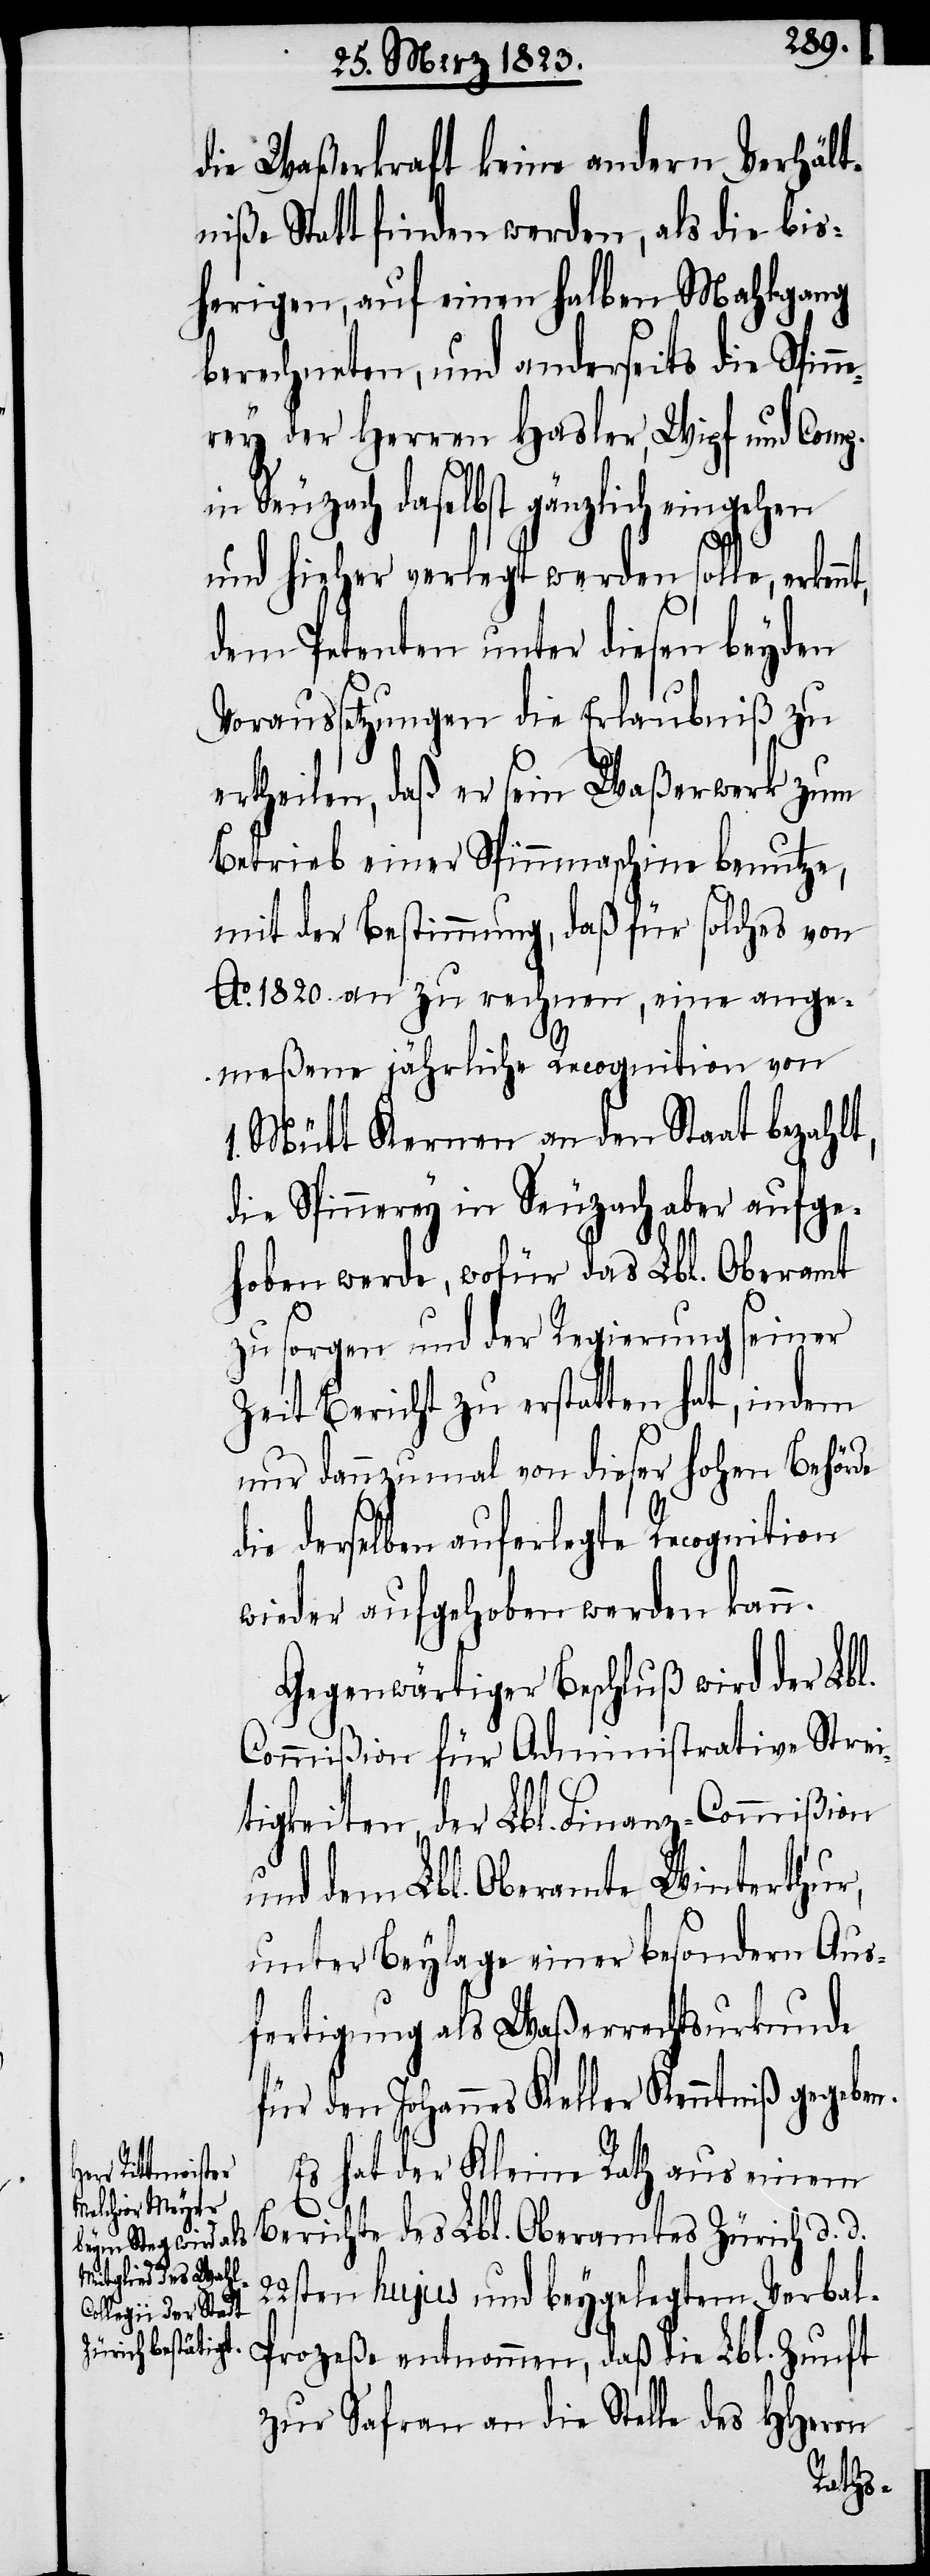
die Waßerkraft keine andern Verhält¬
niße Statt finden werden, als die bis¬
herigen, auf einen halben Mahlgang
berechneten, und anderseits die Spin¬
nerey der Herren Hasler, Wipf und Comp.
in Seuzach daselbst gänzlich eingehen
und hieher verlegt werden solle, erkennt,
dem Petenten unter diesen beyden
Voraussetzungen die Erlaubniß zu
ertheilen, daß er sein Waßerwerk zum
Betrieb einer Spinnmaschine benutze,
mit der Bestimmung, daß für solches von
Ao. 1820. an zu rechnen, eine ange¬
meßene jährliche Recognition von
Mütt Kernen an den Staat bezahlt,
die Spinnerey in Seuzach aber aufge¬
hoben werde, wofür das Lbl. Oberamt
zu sorgen und der Regierung seiner
Zeit Bericht zu erstatten hat, indem
nur dannzumal von dieser hohen Behörde
die derselben auferlegte Recognition
wieder aufgehoben werden kann.
Gegenwärtiger Beschluß wird der Lbl.
Commißion für Administrative Strei¬
tigkeiten, der Lbl. Finanz-Commißion
und dem Lbl. Oberamte Winterthur,
unter Beylage einer besondern Aus¬
fertigung als Waßerrechtsurkunde
für den Johannes Keller Kenntniß gegeben.
Es hat der Kleine Rath aus einem
Berichte des Lbl. Oberamtes Zürich d. d.
22sten hujus und beygelegtem Verba¬
l-Prozeße entnommen, daß die Lbl. Zunft
zur Safran an die Stelle des HHerrn